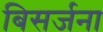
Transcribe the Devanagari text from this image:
बिसर्जना